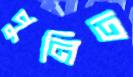
পুনিত